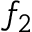
f _ { 2 }